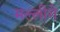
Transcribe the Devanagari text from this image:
मल्लीगे